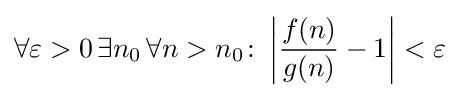
\forall \varepsilon >0\,\exists n_{0}\,\forall n>n_{0}\colon \left|{\frac {f(n)}{g(n)}}-1\right|<\varepsilon